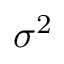
\sigma ^ { 2 }